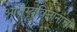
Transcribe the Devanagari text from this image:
आरोग्यविज्ञानाची